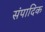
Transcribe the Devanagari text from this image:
संपादिक